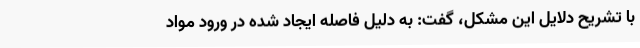
با تشریح دلایل این مشکل، گفت: به دلیل فاصله ایجاد شده در ورود مواد